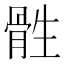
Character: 𮪨